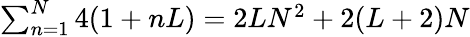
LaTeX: \begin{array}{r}{\sum_{n=1}^{N}4(1+nL)=2LN^{2}+2(L+2)N}\end{array}